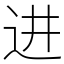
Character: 进